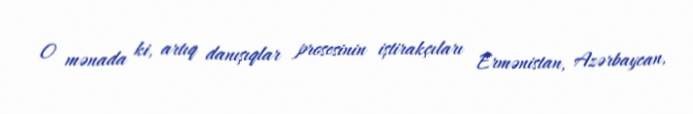
O mənada ki, artıq danışıqlar prosesinin iştirakçıları Ermənistan, Azərbaycan,